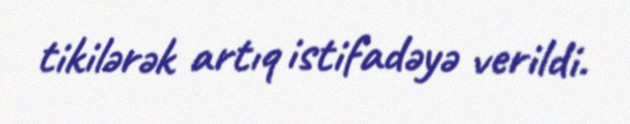
tikilərək artıq istifadəyə verildi.